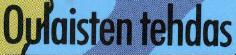
Oulaisten tehdas